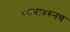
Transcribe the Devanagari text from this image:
रस्त्यावरुनच